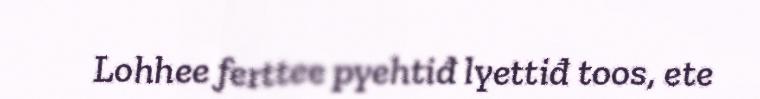
Lohhee ferttee pyehtiđ lyettiđ toos, ete